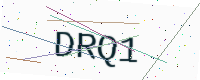
Text: DRQ1